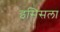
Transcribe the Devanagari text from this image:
इसिसला